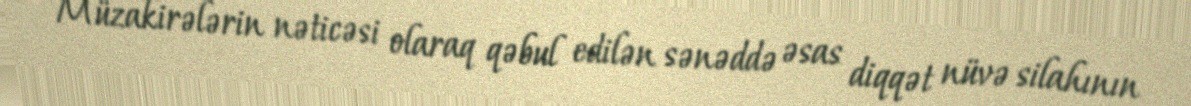
Müzakirələrin nəticəsi olaraq qəbul edilən sənəddə əsas diqqət nüvə silahının